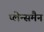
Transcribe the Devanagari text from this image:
प्लेन्समैन